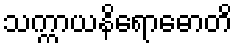
သက္ကာယနိရောဓောတိ